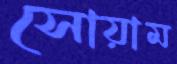
সোয়াম